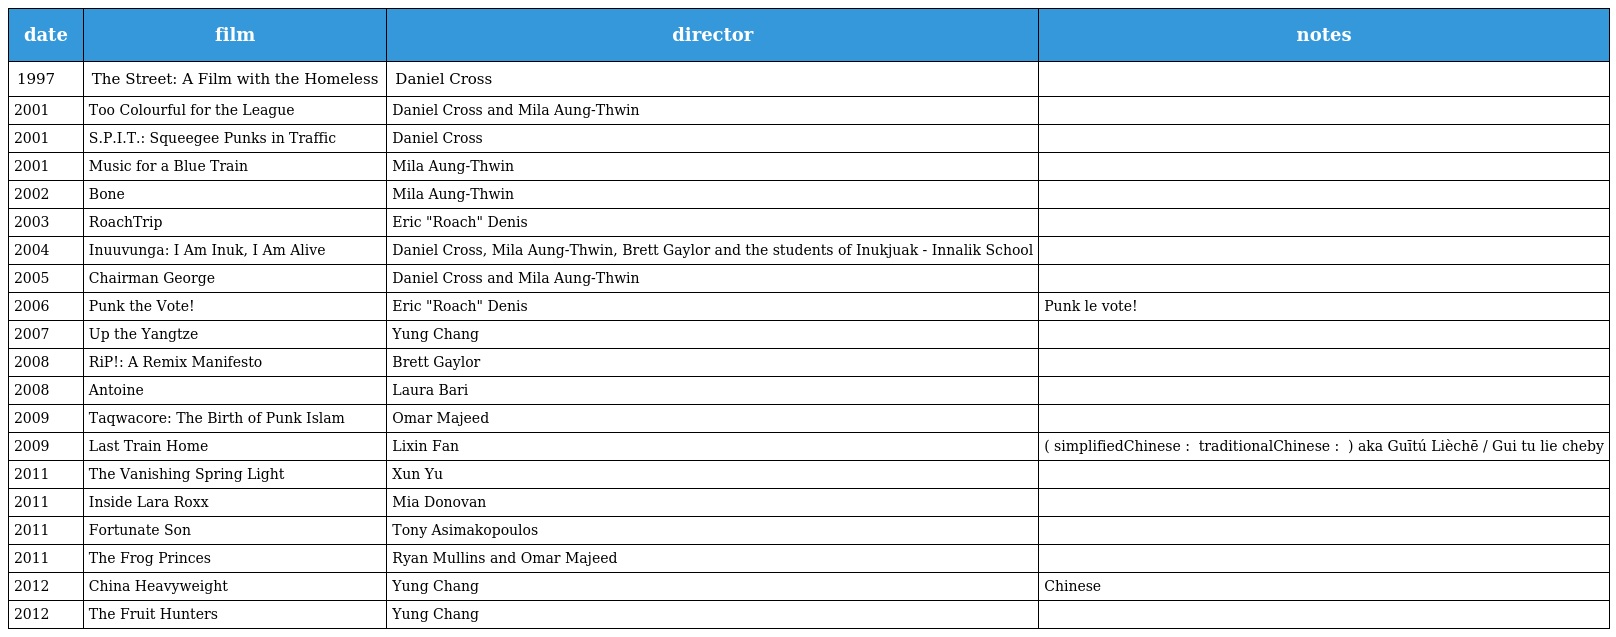
| date | film | director | notes |
 | --- | --- | --- | --- |
 | 1997 | The Street: A Film with the Homeless | Daniel Cross |  |
 | 2001 | Too Colourful for the League | Daniel Cross and Mila Aung-Thwin |  |
 | 2001 | S.P.I.T.: Squeegee Punks in Traffic | Daniel Cross |  |
 | 2001 | Music for a Blue Train | Mila Aung-Thwin |  |
 | 2002 | Bone | Mila Aung-Thwin |  |
 | 2003 | RoachTrip | Eric "Roach" Denis |  |
 | 2004 | Inuuvunga: I Am Inuk, I Am Alive | Daniel Cross, Mila Aung-Thwin, Brett Gaylor and the students of Inukjuak - Innalik School |  |
 | 2005 | Chairman George | Daniel Cross and Mila Aung-Thwin |  |
 | 2006 | Punk the Vote! | Eric "Roach" Denis | Punk le vote! |
 | 2007 | Up the Yangtze | Yung Chang |  |
 | 2008 | RiP!: A Remix Manifesto | Brett Gaylor |  |
 | 2008 | Antoine | Laura Bari |  |
 | 2009 | Taqwacore: The Birth of Punk Islam | Omar Majeed |  |
 | 2009 | Last Train Home | Lixin Fan | ( simplifiedChinese : 归途列车 traditionalChinese : 歸途列車 ) aka Guītú Lièchē / Gui tu lie cheby |
 | 2011 | The Vanishing Spring Light | Xun Yu |  |
 | 2011 | Inside Lara Roxx | Mia Donovan |  |
 | 2011 | Fortunate Son | Tony Asimakopoulos |  |
 | 2011 | The Frog Princes | Ryan Mullins and Omar Majeed |  |
 | 2012 | China Heavyweight | Yung Chang | Chinese 千錘百煉 |
 | 2012 | The Fruit Hunters | Yung Chang |  |